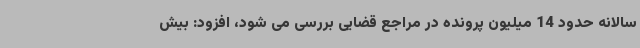
سالانه حدود 14 میلیون پرونده در مراجع قضایی بررسی می شود، افزود: بیش